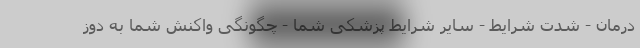
درمان - شدت شرایط - سایر شرایط پزشکی شما - چگونگی واکنش شما به دوز